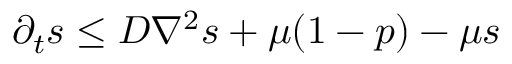
\partial _ { t } s \le D \nabla ^ { 2 } s + \mu ( 1 - p ) - \mu s